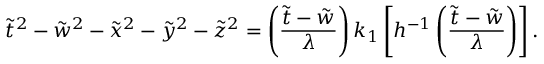
\tilde { t } ^ { 2 } - \tilde { w } ^ { 2 } - \tilde { x } ^ { 2 } - \tilde { y } ^ { 2 } - \tilde { z } ^ { 2 } = \left( \frac { \tilde { t } - \tilde { w } } { \lambda } \right) k _ { 1 } \left[ h ^ { - 1 } \left( \frac { \tilde { t } - \tilde { w } } { \lambda } \right) \right] .